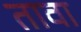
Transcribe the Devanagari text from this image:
तावा